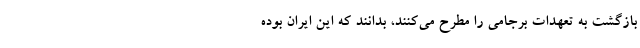
بازگشت به تعهدات برجامی را مطرح می‌کنند، بدانند که این ایران بوده